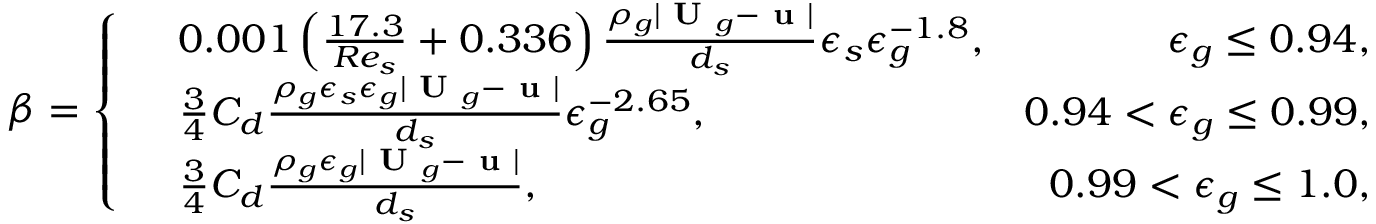
\beta = \left\{ \begin{array} { r l r } & { 0 . 0 0 1 \left( \frac { 1 7 . 3 } { R e _ { s } } + 0 . 3 3 6 \right) \frac { \rho _ { g } | \textbf { U } _ { g } - \textbf { u } | } { d _ { s } } \epsilon _ { s } \epsilon _ { g } ^ { - 1 . 8 } , } & { \epsilon _ { g } \le 0 . 9 4 , } \\ & { \frac { 3 } { 4 } C _ { d } \frac { \rho _ { g } \epsilon _ { s } \epsilon _ { g } | \textbf { U } _ { g } - \textbf { u } | } { d _ { s } } \epsilon _ { g } ^ { - 2 . 6 5 } , } & { 0 . 9 4 < \epsilon _ { g } \le 0 . 9 9 , } \\ & { \frac { 3 } { 4 } C _ { d } \frac { \rho _ { g } \epsilon _ { g } | \textbf { U } _ { g } - \textbf { u } | } { d _ { s } } , } & { 0 . 9 9 < \epsilon _ { g } \le 1 . 0 , } \end{array} \right.